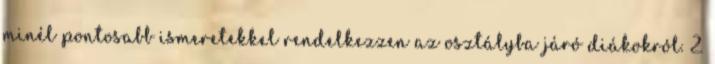
minél pontosabb ismeretekkel rendelkezzen az osztályba járó diákokról. 2.